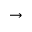
\rightarrow